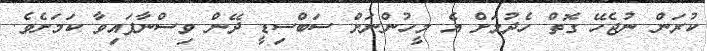
ކުރަން ނުޖެހޭ ގޮތް ހެދުމަށް އެ މީހުންނަށް ސަބްސިޑީ ދޭން ވިސްނާފައިވާ ކަމަށެވެ.